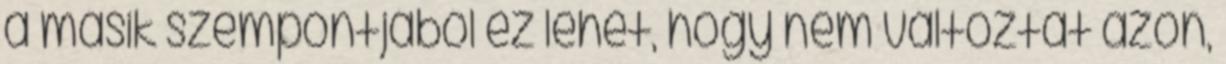
a másik szempontjából ez lehet, hogy nem változtat azon,